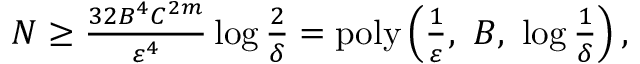
\begin{array} { r } { N \ge \frac { 3 2 B ^ { 4 } C ^ { 2 m } } { \varepsilon ^ { 4 } } \log \frac { 2 } { \delta } = \mathrm { p o l y } \left( \frac { 1 } { \varepsilon } , \ B , \ \log \frac { 1 } { \delta } \right) , } \end{array}